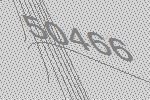
50466